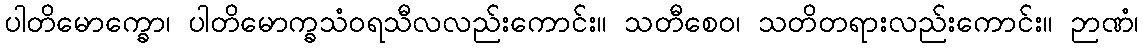
ပါတိမောက္ခော၊ ပါတိမောက္ခသံဝရသီလလည်းကောင်း။ သတီစေဝ၊ သတိတရားလည်းကောင်း။ ဉာဏံ၊